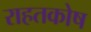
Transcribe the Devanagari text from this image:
राहतकोष